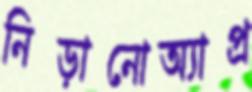
নিড়ানোঅ্যাপ্র